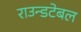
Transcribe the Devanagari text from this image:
राउन्डटेबल